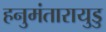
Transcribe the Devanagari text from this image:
हनुमंतारायुडु